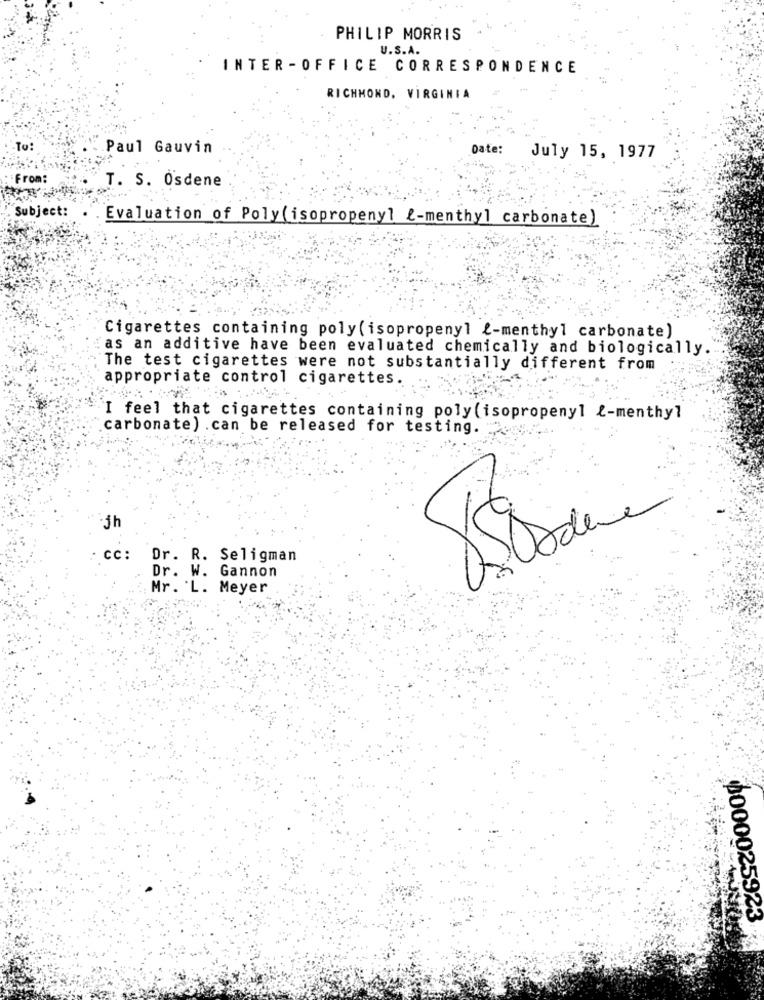
PHILIP MORRIS
U.S.A.
INTER - OFFICE CORRESPONDENCE
RICHMOND, VIRGINIA
To:
Paul Gauvin
Date:
July 15, 1977
:: From:
T. S. Osdene
Subject:
Evaluation of Poly (isopropeny] -menthyl carbonate)
Cigarettes containing poly (isopropeny] ¿- menthyl carbonate)
as an additive have been evaluated chemically and biologically.
The test cigarettes were not substantially different from
appropriate control cigarettes.
I feel that cigarettes containing poly (isopropenyl &-menthyl
carbonate) .can be released for testing.
jh
cc: Dr. R. Seligman
Dr. W. Gannon
Mr. L. Meyer
0000025923